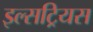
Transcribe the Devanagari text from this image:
इल्सट्रियस